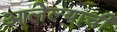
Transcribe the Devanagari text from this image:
आलेल्याची